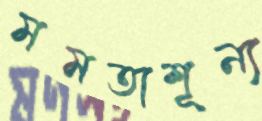
মমতাশূন্য